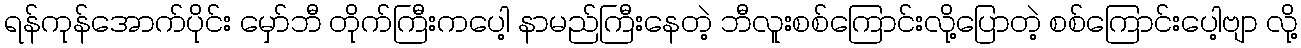
ရန်ကုန်အောက်ပိုင်း မှော်ဘီ တိုက်ကြီးကပေါ့ နာမည်ကြီးနေတဲ့ ဘီလူးစစ်ကြောင်းလို့ပြောတဲ့ စစ်ကြောင်းပေါ့ဗျာ လို့